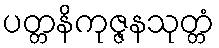
ပတ္တနိကုဇ္ဇနသုတ္တံ